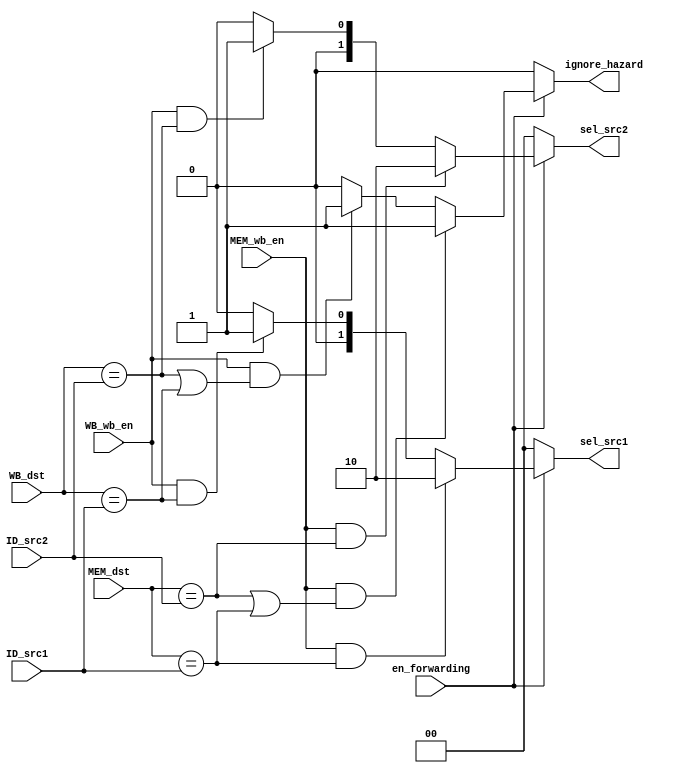
module forwarding(input en_forwarding, WB_wb_en, MEM_wb_en, input [3:0] MEM_dst, WB_dst, ID_src1, ID_src2,
	output [1:0] sel_src1, sel_src2, output ignore_hazard);

    assign sel_src1 = (en_forwarding == 1'b1) ? (
            // FORW_SEL_FROM_MEM
            (MEM_wb_en && (MEM_dst == ID_src1)) ? 2'b10
            // FORW_SEL_FROM_WB
            : (WB_wb_en && (WB_dst == ID_src1)) ? 2'b01 : 2'b0) : 2'b0;

    assign sel_src2 = (en_forwarding == 1'b1) ? (
            // FORW_SEL_FROM_MEM
            (MEM_wb_en && (MEM_dst == ID_src2)) ? 2'b10
            // FORW_SEL_FROM_WB
            : (WB_wb_en && (WB_dst == ID_src2)) ? 2'b01 : 2'b0): 2'b0;

    assign ignore_hazard = (en_forwarding == 1'b1) ? (
            (MEM_wb_en && ((MEM_dst == ID_src2) || (MEM_dst == ID_src1))) ? 1'b1
            : (WB_wb_en && ((WB_dst == ID_src2) || (WB_dst == ID_src1))) ? 1'b1 : 1'b0) : 1'b0;

endmodule